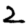
Digit: 2